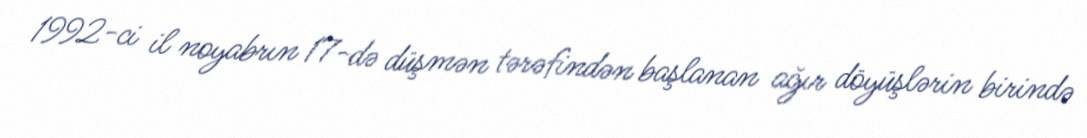
1992-ci il noyabrın 17-də düşmən tərəfindən başlanan ağır döyüşlərin birində